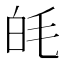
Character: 㿞